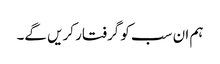
ہم ان سب کو گرفتار کریں گے۔